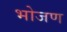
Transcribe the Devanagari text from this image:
भोजण